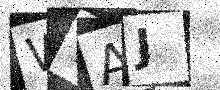
Text: W7AJ